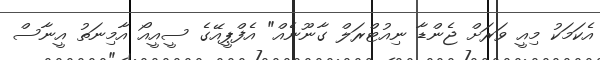
އެކަމަކު މިއީ ވަރަށް ޖެންޑާ ނިއުޓްރަލް ގާނޫނެއް" އެފްޕީއޭގެ ސީއީއޯ އާމިނަތު އީނާސް